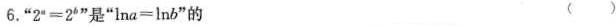
6. ”2”=2'”是”lna=lnb”的 ()